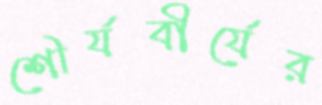
শৌর্যবীর্যের